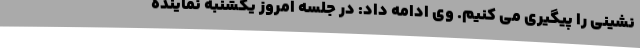
نشینی را پیگیری می کنیم. وی ادامه داد: در جلسه امروز یکشنبه نماینده